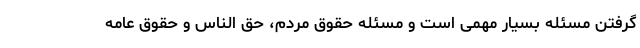
گرفتن مسئله بسیار مهمی است و مسئله حقوق مردم، حق الناس و حقوق عامه